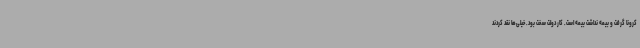
کرونا گرفت و بیمه نداشت بیمه است. کار دولت سخت بود. خیلی‌ها نقد کردند